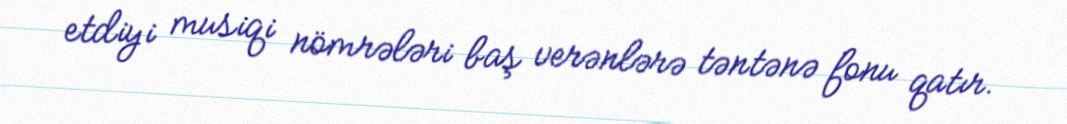
etdiyi musiqi nömrələri baş verənlərə təntənə fonu qatır.